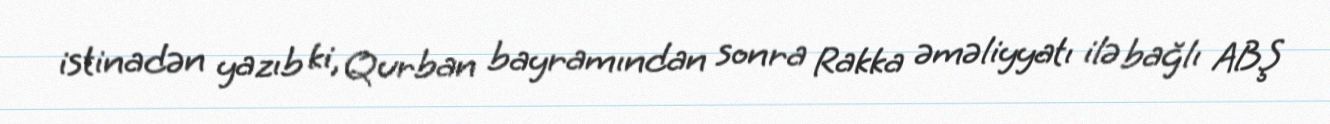
istinadən yazıb ki, Qurban bayramından sonra Rakka əməliyyatı ilə bağlı ABŞ